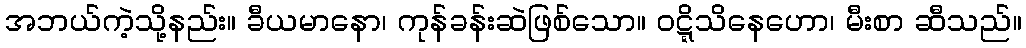
အဘယ်ကဲ့သို့နည်း။ ခီယမာနော၊ ကုန်ခန်းဆဲဖြစ်သော။ ဝဋ္ဋိသိနေဟော၊ မီးစာ ဆီသည်။